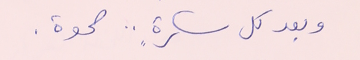
وبعد كل سكرةٍ .. صحوة.